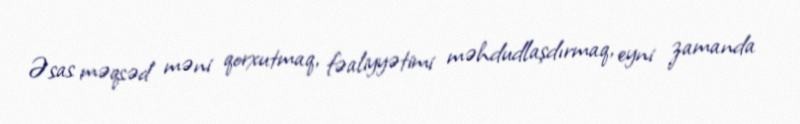
Əsas məqsəd məni qorxutmaq, fəaliyyətimi məhdudlaşdırmaq, eyni zamanda